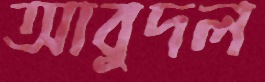
আবুদল